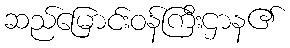
ဆည်မြောင်းဝန်ကြီးဌာန၏